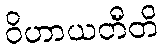
ဝိဟာယတီတိ